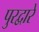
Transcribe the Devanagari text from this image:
पुरद्वारे